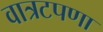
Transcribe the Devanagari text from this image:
वात्रटपणा